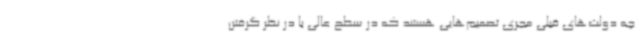
چه دولت‌های قبلی مجری تصمیم‌هایی هستند که در سطح عالی با در نظر گرفتن